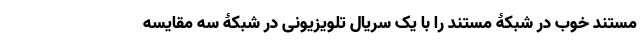
مستند خوب در شبکۀ مستند را با یک سریال تلویزیونی در شبکۀ سه مقایسه